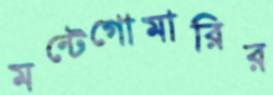
মন্টেগোমারির